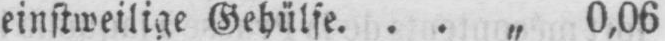
einstweilige Gehülfe ... „ 0,06